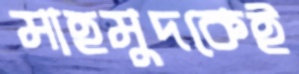
মাহমুদকেই